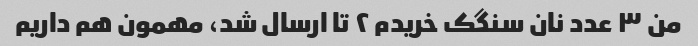
من ٣ عدد نان سنگک خریدم ٢ تا ارسال شد، مهمون هم داریم